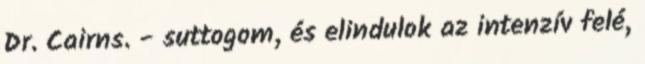
Dr. Cairns. - suttogom, és elindulok az intenzív felé,